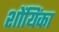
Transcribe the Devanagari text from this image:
शोंयिंका